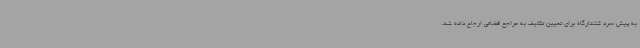
به پیش سرد کشتارگاه برای تعیین تکلیف به مراجع قضائی ارجاع داده شد.